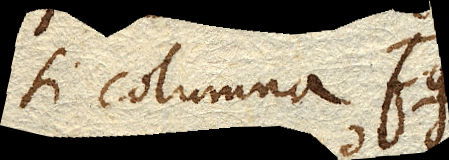
si columna fg